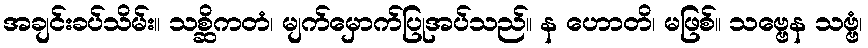
အချင်းခပ်သိမ်း။ သစ္ဆိကတံ၊ မျက်မှောက်ပြုအပ်သည်။ န ဟောတိ၊ မဖြစ်။ သဗ္ဗေန သဗ္ဗံ၊